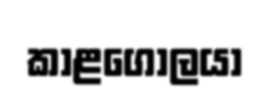
කාළගෝලයා